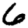
Digit: 6